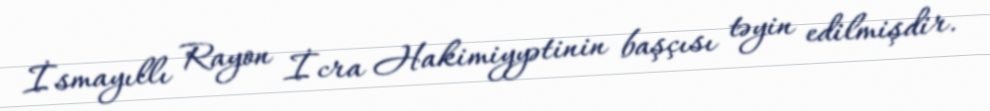
İsmayıllı Rayon İcra Hakimiyyətinin başçısı təyin edilmişdir.